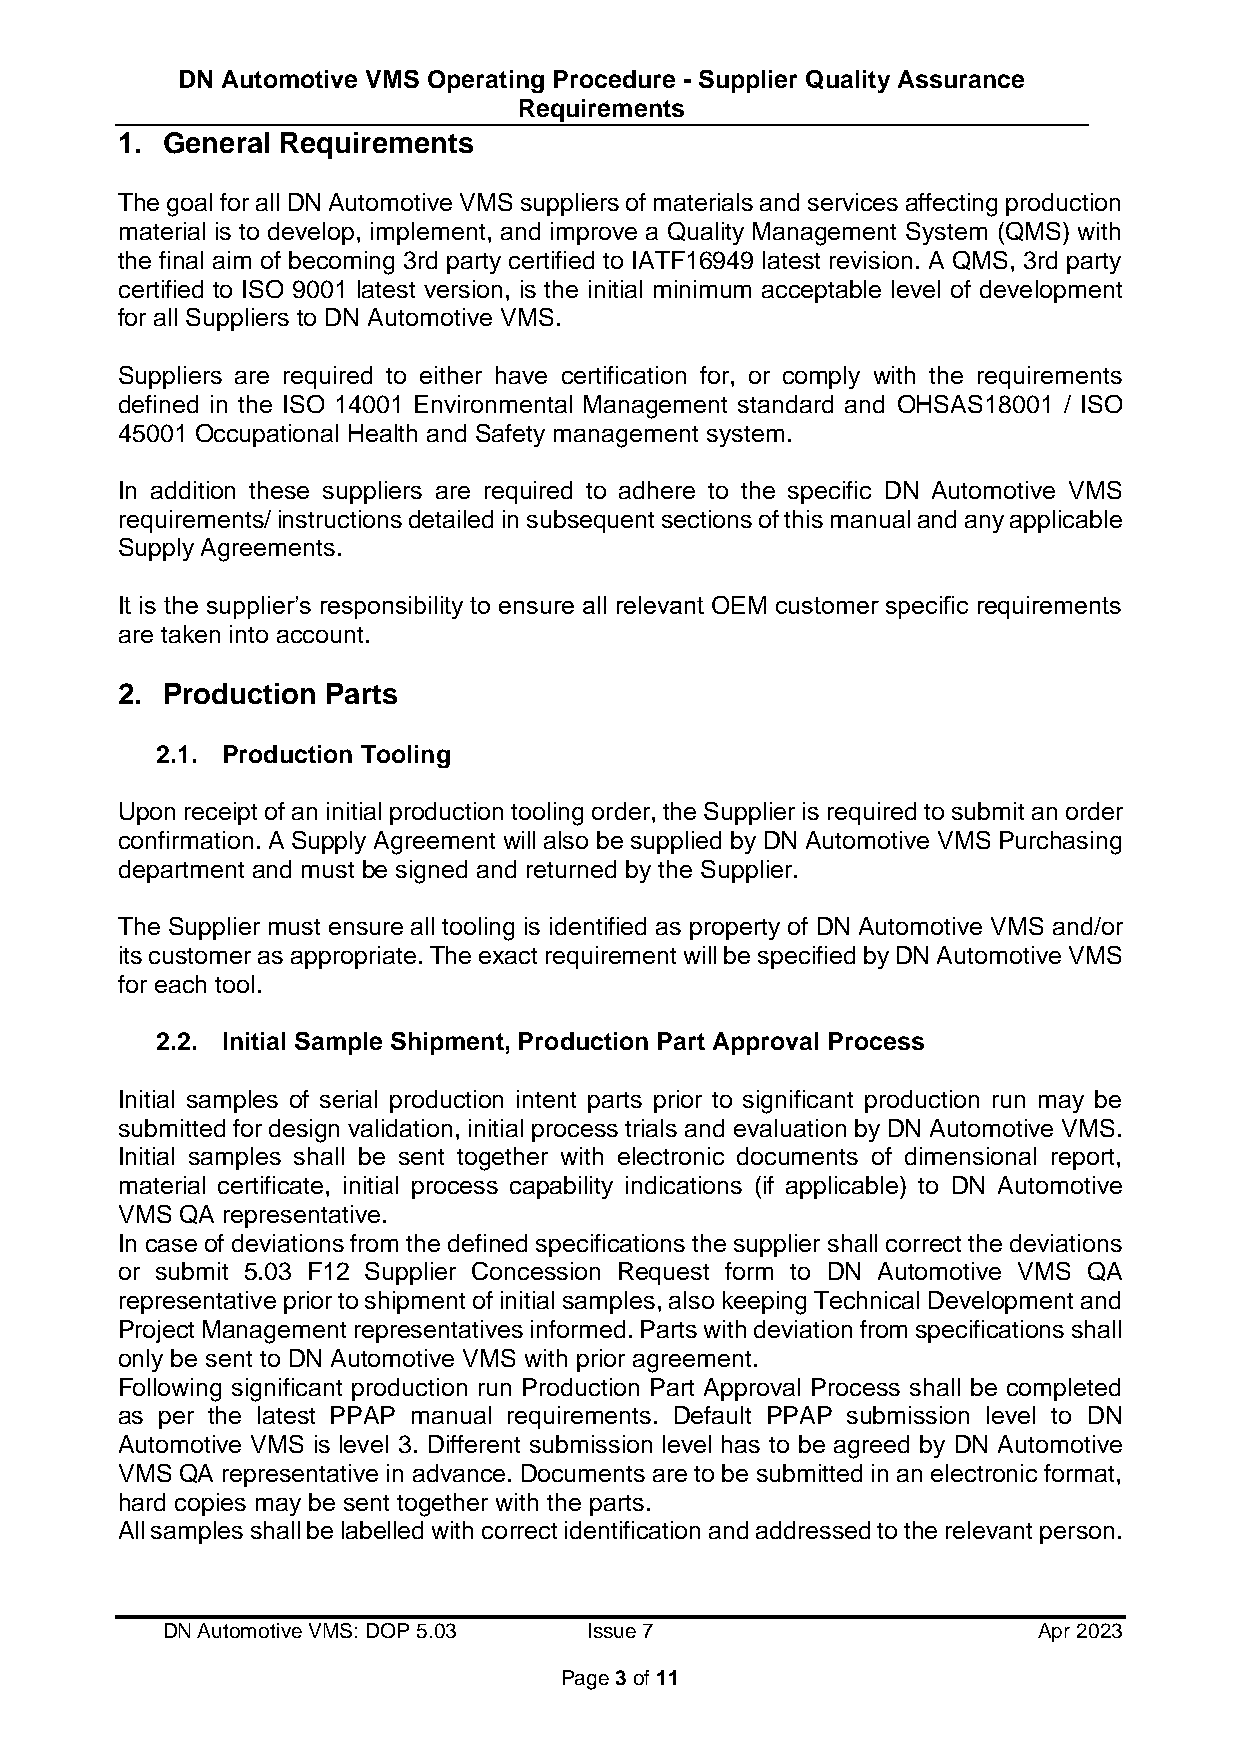
DN Automotive VMS Operating Procedure - Supplier Quality Assurance
 Requirements
 1. General Requirements
 The goal for all DN Automotive VMS suppliers of materials and services affecting production
 material is to develop, implement, and improve a Quality Management System (QMS) with
 the final aim of becoming 3rd party certified to IATF16949 latest revision. A QMS, 3rd party
 certified to ISO 9001 latest version, is the initial minimum acceptable level of development
 for all Suppliers to DN Automotive VMS.
 Suppliers are required to either have certification for, or comply with the requirements
 defined in the ISO 14001 Environmental Management standard and OHSAS18001 / ISO
 45001 Occupational Health and Safety management system.
 In addition these suppliers are required to adhere to the specific DN Automotive VMS
 requirements/ instructions detailed in subsequent sections of this manual and any applicable
 Supply Agreements.
 It is the supplier’s responsibility to ensure all relevant OEM customer specific requirements
 are taken into account.
 2. Production Parts
 2.1. Production Tooling
 Upon receipt of an initial production tooling order, the Supplier is required to submit an order
 confirmation. A Supply Agreement will also be supplied by DN Automotive VMS Purchasing
 department and must be signed and returned by the Supplier.
 The Supplier must ensure all tooling is identified as property of DN Automotive VMS and/or
 its customer as appropriate. The exact requirement will be specified by DN Automotive VMS
 for each tool.
 2.2. Initial Sample Shipment, Production Part Approval Process
 Initial samples of serial production intent parts prior to significant production run may be
 submitted for design validation, initial process trials and evaluation by DN Automotive VMS.
 Initial samples shall be sent together with electronic documents of dimensional report,
 material certificate, initial process capability indications (if applicable) to DN Automotive
 VMS QA representative.
 In case of deviations from the defined specifications the supplier shall correct the deviations
 or submit 5.03 F12 Supplier Concession Request form to DN Automotive VMS QA
 representative prior to shipment of initial samples, also keeping Technical Development and
 Project Management representatives informed. Parts with deviation from specifications shall
 only be sent to DN Automotive VMS with prior agreement.
 Following significant production run Production Part Approval Process shall be completed
 as per the latest PPAP manual requirements. Default PPAP submission level to DN
 Automotive VMS is level 3. Different submission level has to be agreed by DN Automotive
 VMS QA representative in advance. Documents are to be submitted in an electronic format,
 hard copies may be sent together with the parts.
 All samples shall be labelled with correct identification and addressed to the relevant person.
 DN Automotive VMS: DOP 5.03 Issue 7                       Apr 2023
 Page 3 of 11